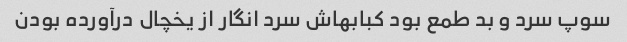
سوپ سرد و بد طمع بود کبابهاش سرد انگار از یخچال درآورده بودن